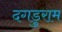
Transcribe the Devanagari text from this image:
दगडुराम